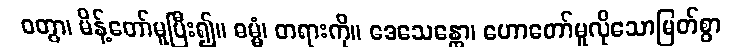
ဝတွာ၊ မိန့်တော်မူပြီး၍။ ဓမ္မံ၊ တရားကို။ ဒေသေန္တော၊ ဟောတော်မူလိုသောမြတ်စွာ